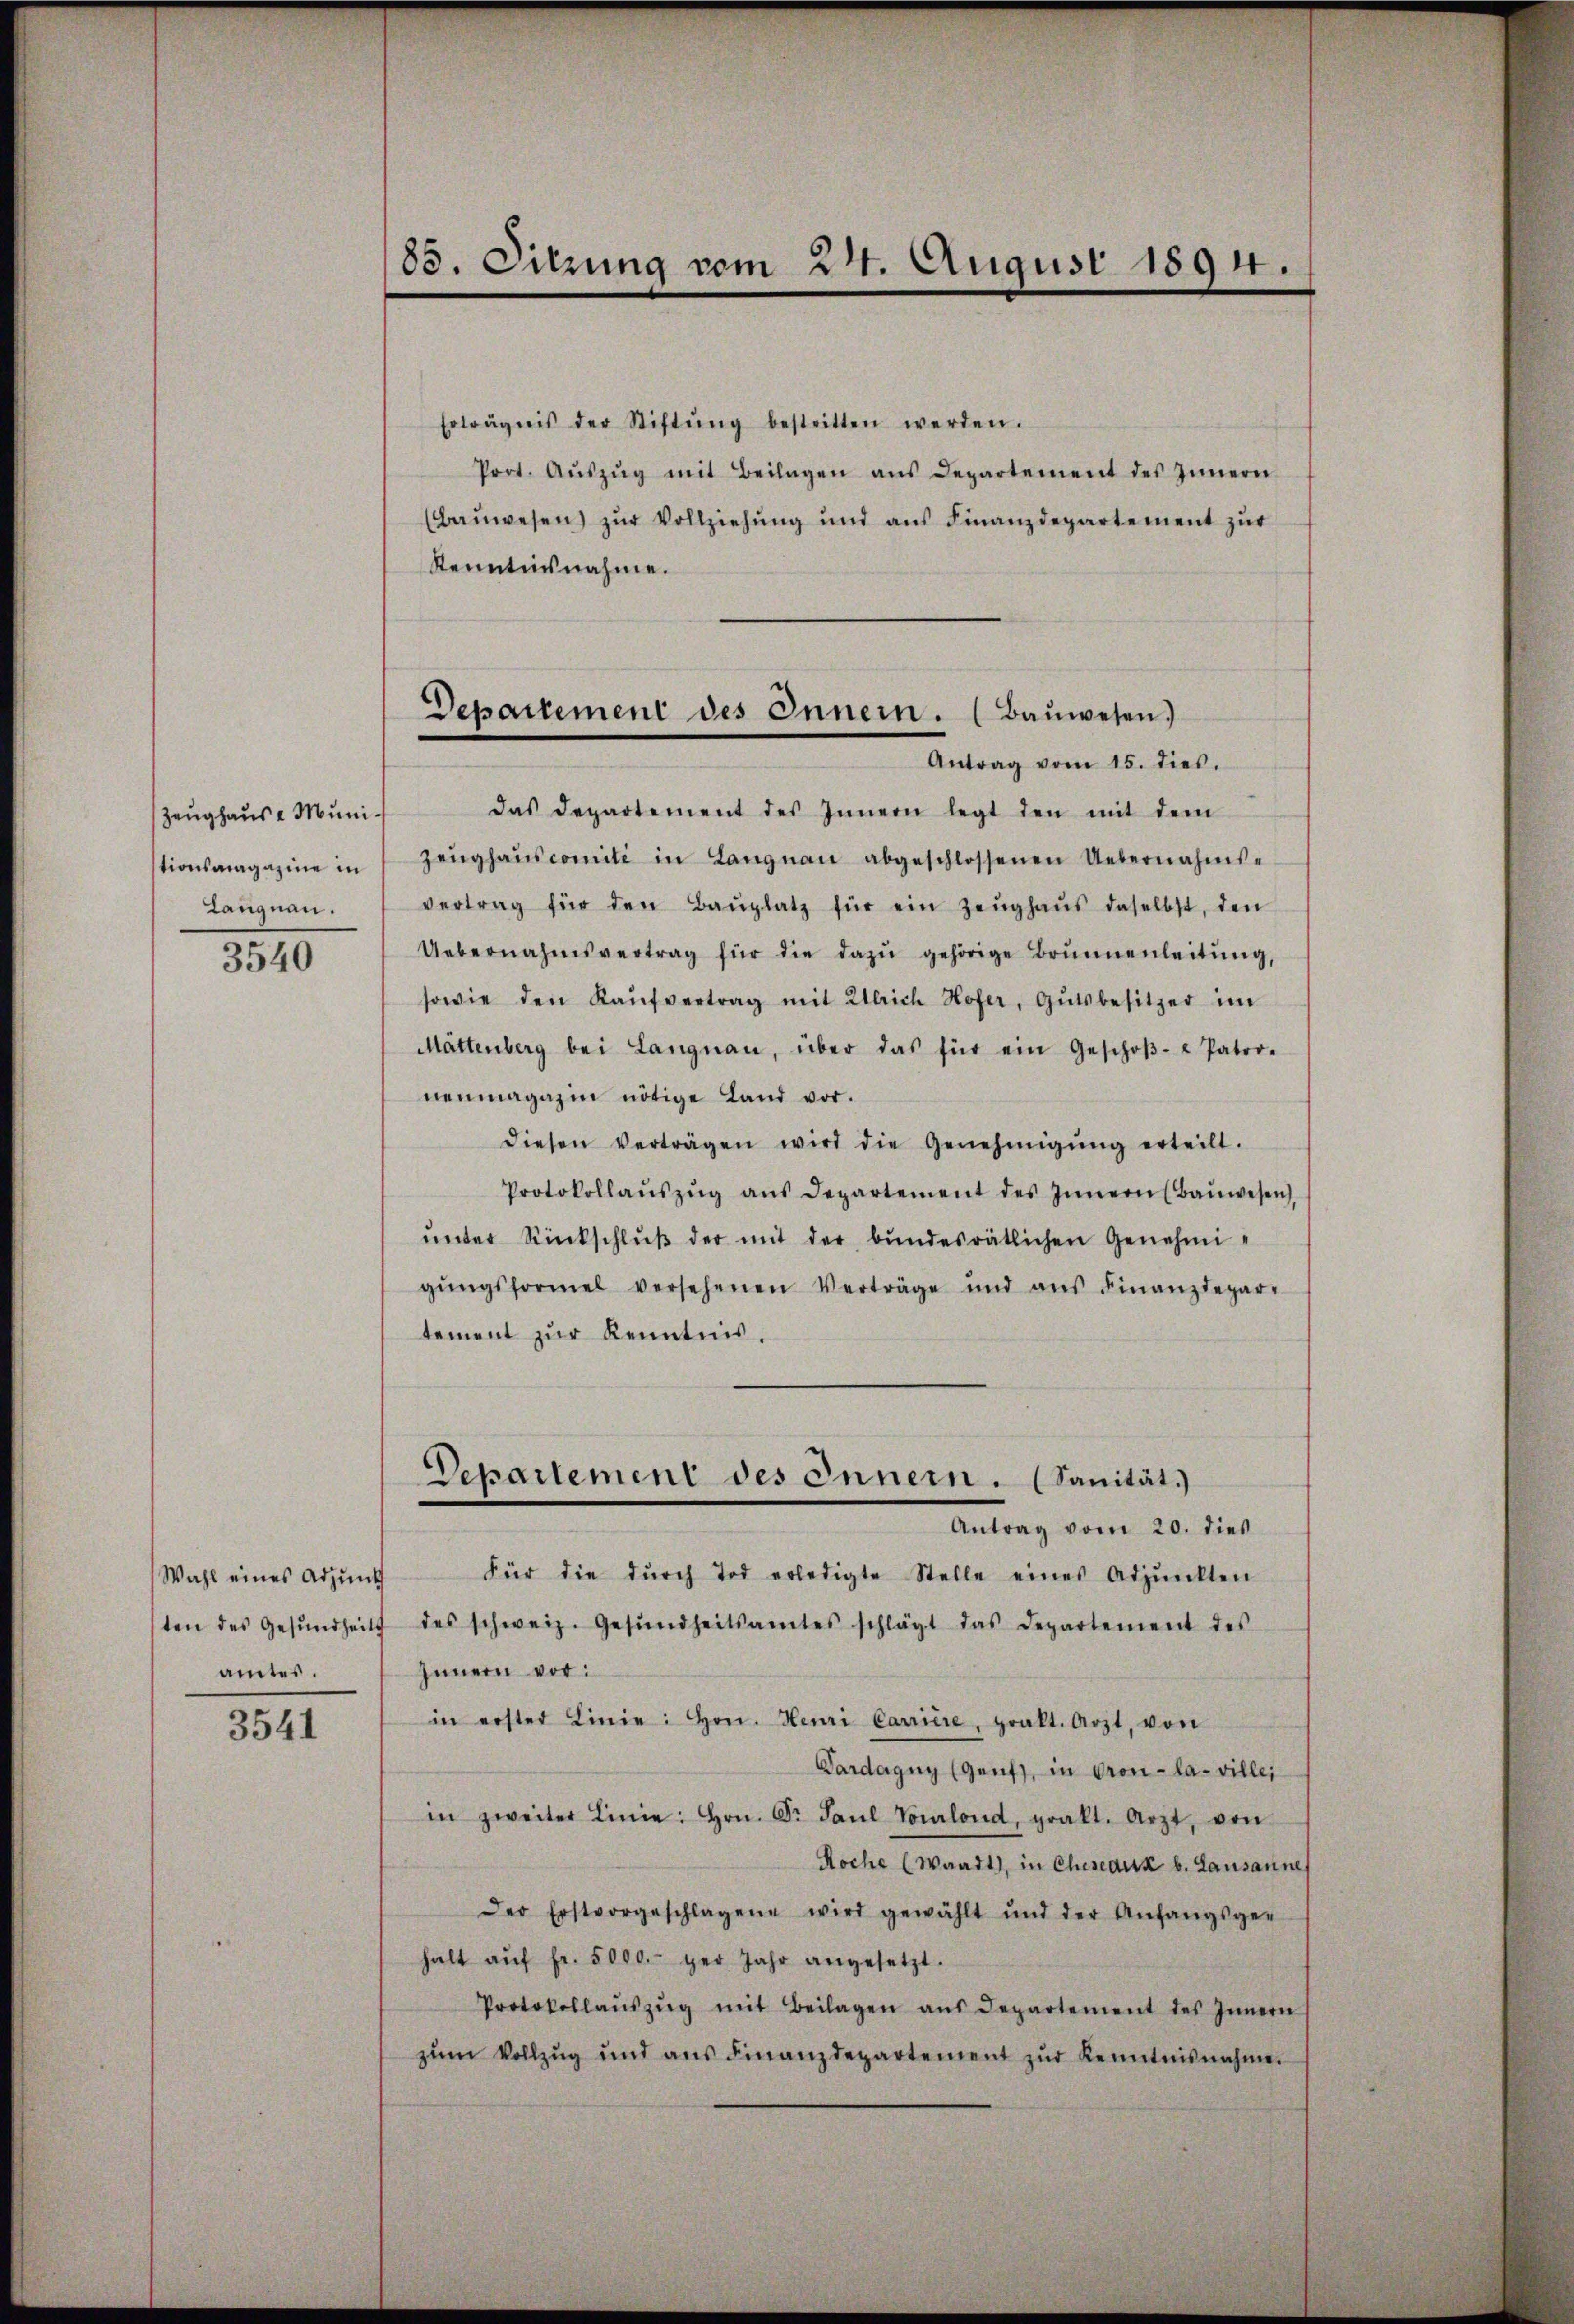
Zeughause Muni¬
Langnau.
3540

Wahl eines Adjunk
amtes.

3541

85. Sitzung vom 24. August 1891.

Erträgnis der Stiftŭng bestritten werden.
Poot. Aŭszŭg mit Beilagen ans Departement des Innern
(Baŭwesen zŭr Vollziehŭng und ans Finanzdepartement zŭr
Kenntnisnahme.

Departement des Innern. (Baŭwesen.
Antrag vom 15. dies.

das Departement des Innern legt den mit dem
tionsmagazine in Zeŭghaŭscomiti in Langnau abgeschlossenen Uebernahms-
vertrag für den Baŭplatz für ein Zeŭghaŭs daselbst, den
Uebernahmsvertrag für die dazŭ gehörige Brunnenleitŭng,
sowie den Kaŭfvertrag mit Ulrich Hofer, Gutsbesitzer im
Mättenberg bei Langnau, über das für ein Geschoβ- u Patro-
nenmagazin nötige Land vor.
diesen verträgen wird die Genehmigŭng erteilt.
Protokollaŭszŭg aŭs Departement des Innern (Baŭwesen
unter Rückschluß der mit der bundesrätlichen Genehmigŭngsformel versehenen Verträge und ans Finanzdepar-
tement zur Kenntnis.
Departement des Innern. (Sanität.)
Antrag vom 20. dies
Für die dŭrch Tod erledigte Stelle eines Adpŭnkten
ten des Gesŭndheits des schweiz. Gesŭndheitsamtes schlägt das Departement des
Innern vor:
in erster Linie: hrn. Henri Carriere, prakt. Arzt, von
Pardagny (Genf, in Gron-la-villei
in zweiter Linie: hrn. Dr. Paŭl Vourlond, prakt. Arzt, von
Roche (Waadt, in Cheseaux b. Lausanne
Der Erstvorgeschlagene wird gewählt und der Anfangsge-
halt aŭf fr. 5000.- ger Jahr angesetzt.
Protokollaŭszŭg mit Beilagen aus Departement des Innern
zŭm Vollzŭg und ans Finanzdepartement zŭr Kenntnisnahme.